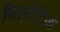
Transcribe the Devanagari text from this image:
निलोटिक